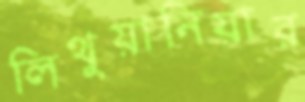
লিথুয়ানিয়ার